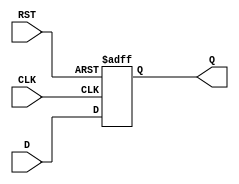
module intermediate_register #(
    parameter WIDTH = 8  // Parameter to define the width of the register
)(
    input wire [WIDTH-1:0] D,    // Data input
    input wire CLK,               // Clock input
    input wire RST,               // Asynchronous reset
    output reg [WIDTH-1:0] Q      // Data output
);

// Always block for capturing the data and handling the reset
always @(posedge CLK or posedge RST) begin
    if (RST) begin
        Q <= {WIDTH{1'b0}};  // Asynchronous reset to 0
    end else begin
        Q <= D;              // Capture the input data on clock edge
    end
end

endmodule